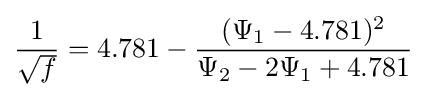
{\frac {1}{\sqrt {f}}}=4.781-{\frac {(\Psi _{1}-4.781)^{2}}{\Psi _{2}-2\Psi _{1}+4.781}}